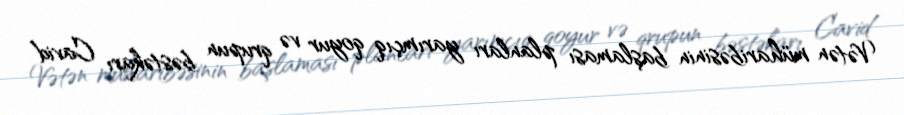
Vətən müharibəsinin başlaması planları yarımçıq qoyur və qrupun bəstəkarı Cavid